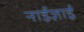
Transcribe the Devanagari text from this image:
नाईज़ाई